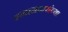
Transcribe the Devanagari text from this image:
इनामदारांच्या